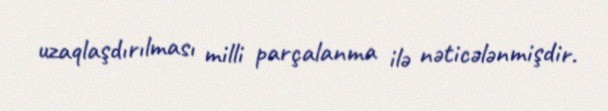
uzaqlaşdırılması milli parçalanma ilə nəticələnmişdir.